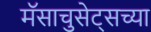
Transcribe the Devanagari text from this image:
मॅसाचुसेट्सच्या